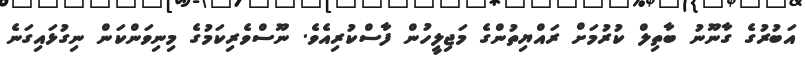
އަބުރުގެ ގާނޫނު ބާތިލް ކުރުމަށް ރައްޔިތުންގެ މަޖިލީހުން ފާސްކުރިއެވެ. ނޫސްވެރިކަމުގެ މިނިވަންކަން ނިގުޅައިގަނެ